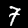
Label: 7